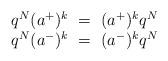
LaTeX: \begin{align*} \begin{array}{c} q^N(a^+)^k~=~(a^+)^k q^N\\ q^N(a^-)^k~=~(a^-)^k q^N \end{array}\end{align*}